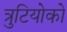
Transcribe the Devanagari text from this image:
त्रुटियोको